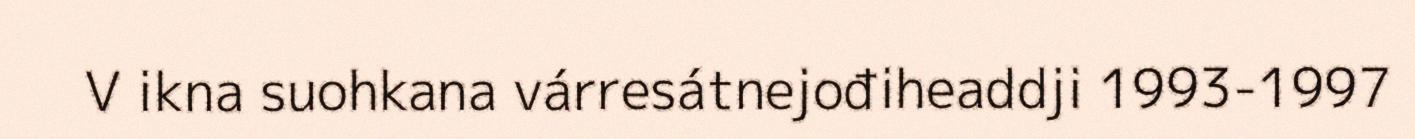
V ikna suohkana várresátnejođiheaddji 1993-1997